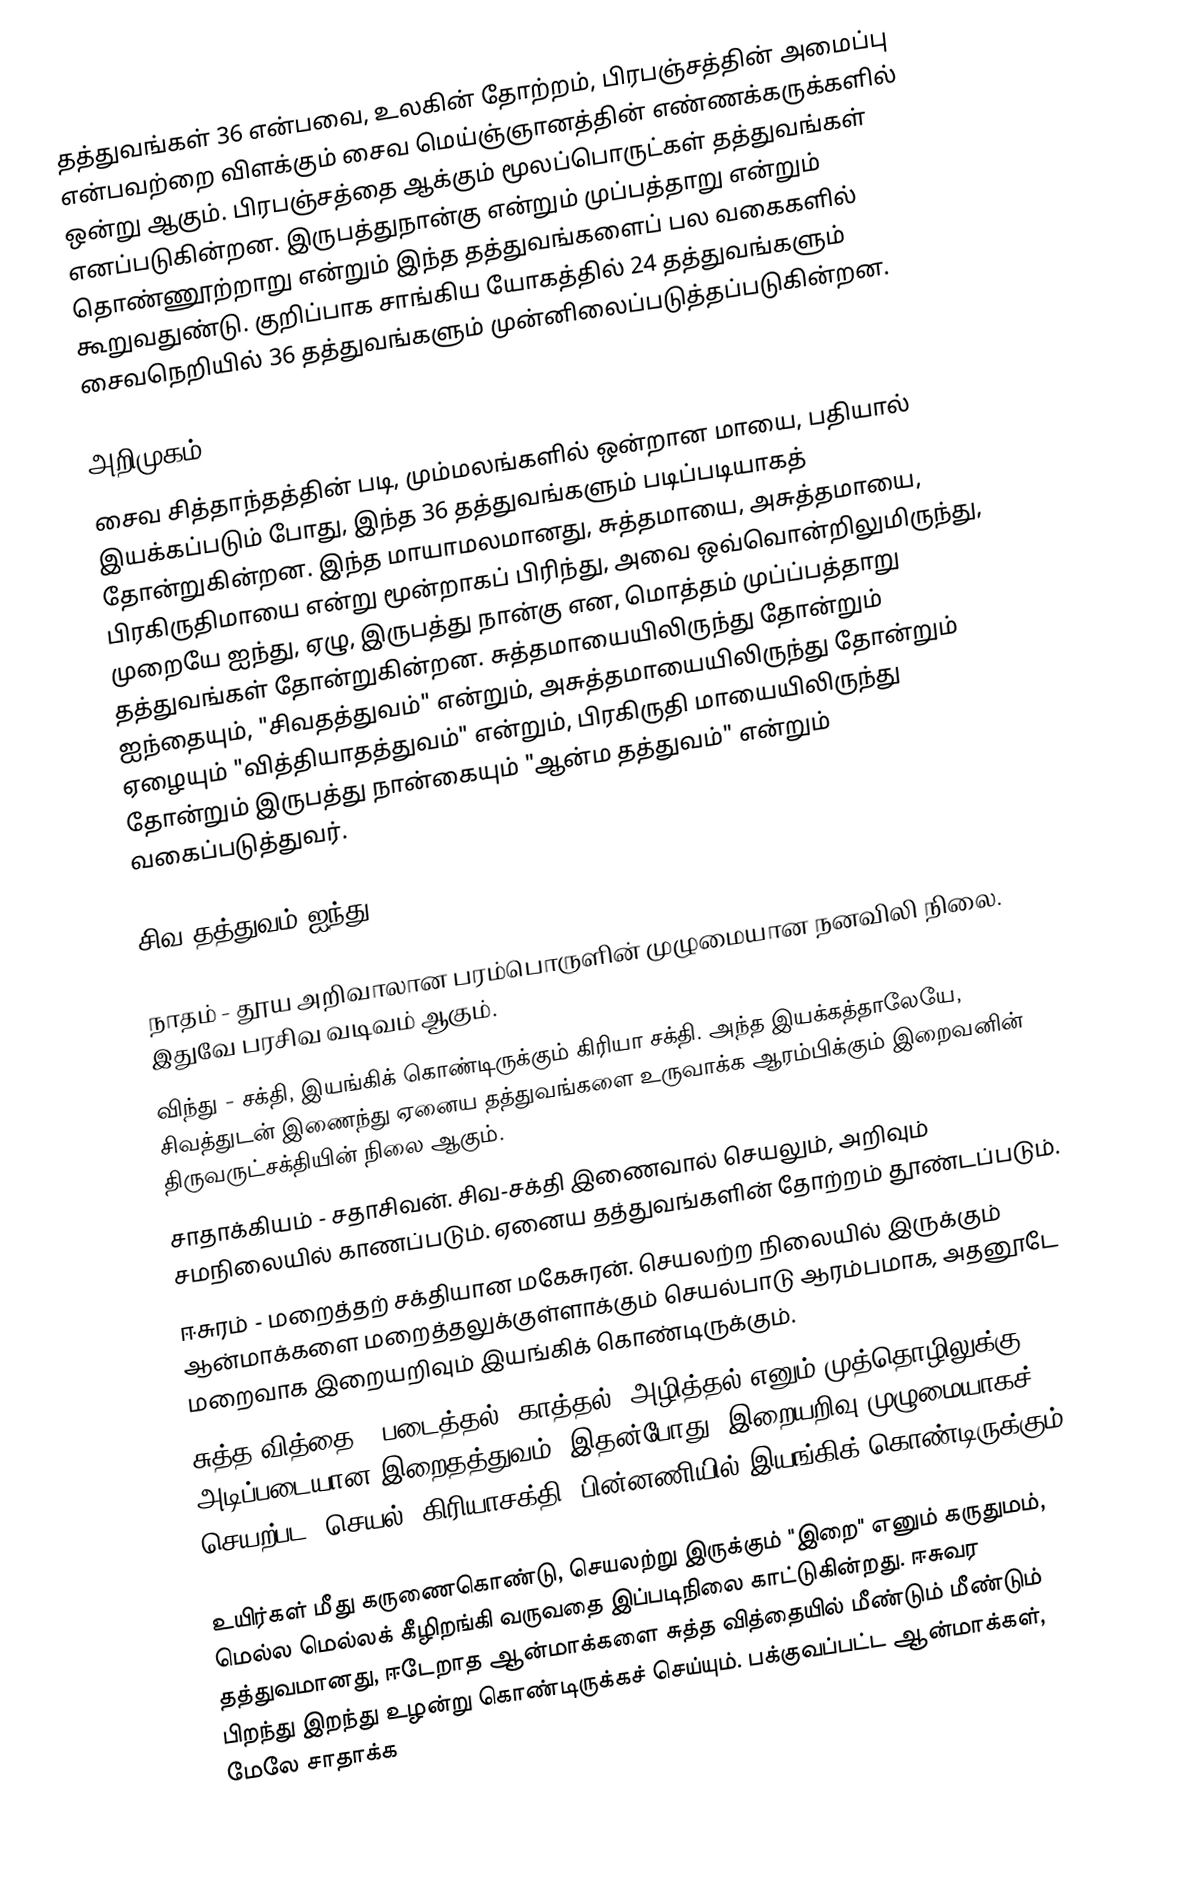
தத்துவங்கள் 36 என்பவை, உலகின் தோற்றம், பிரபஞ்சத்தின் அமைப்பு என்பவற்றை விளக்கும் சைவ மெய்ஞ்ஞானத்தின் எண்ணக்கருக்களில் ஒன்று ஆகும். பிரபஞ்சத்தை ஆக்கும் மூலப்பொருட்கள் தத்துவங்கள் எனப்படுகின்றன. இருபத்துநான்கு என்றும் முப்பத்தாறு என்றும் தொண்ணூற்றாறு என்றும் இந்த தத்துவங்களைப் பல வகைகளில் கூறுவதுண்டு. குறிப்பாக சாங்கிய யோகத்தில் 24 தத்துவங்களும் சைவநெறியில் 36 தத்துவங்களும் முன்னிலைப்படுத்தப்படுகின்றன.

அறிமுகம்
சைவ சித்தாந்தத்தின் படி, மும்மலங்களில் ஒன்றான மாயை, பதியால் இயக்கப்படும் போது, இந்த 36 தத்துவங்களும் படிப்படியாகத் தோன்றுகின்றன. இந்த மாயாமலமானது, சுத்தமாயை, அசுத்தமாயை, பிரகிருதிமாயை என்று மூன்றாகப் பிரிந்து, அவை ஒவ்வொன்றிலுமிருந்து, முறையே ஐந்து, ஏழு, இருபத்து நான்கு என, மொத்தம் முப்ப்பத்தாறு தத்துவங்கள் தோன்றுகின்றன. சுத்தமாயையிலிருந்து தோன்றும் ஐந்தையும், "சிவதத்துவம்" என்றும், அசுத்தமாயையிலிருந்து தோன்றும் ஏழையும் "வித்தியாதத்துவம்" என்றும், பிரகிருதி மாயையிலிருந்து தோன்றும் இருபத்து நான்கையும் "ஆன்ம தத்துவம்" என்றும் வகைப்படுத்துவர்.

சிவ தத்துவம் ஐந்து

 நாதம் - தூய அறிவாலான பரம்பொருளின் முழுமையான நனவிலி நிலை. இதுவே பரசிவ வடிவம் ஆகும்.
 விந்து - சக்தி, இயங்கிக் கொண்டிருக்கும் கிரியா சக்தி. அந்த இயக்கத்தாலேயே, சிவத்துடன் இணைந்து ஏனைய தத்துவங்களை உருவாக்க ஆரம்பிக்கும் இறைவனின் திருவருட்சக்தியின் நிலை ஆகும்.
 சாதாக்கியம் - சதாசிவன். சிவ-சக்தி இணைவால் செயலும், அறிவும் சமநிலையில் காணப்படும். ஏனைய தத்துவங்களின் தோற்றம் தூண்டப்படும்.
 ஈசுரம் - மறைத்தற் சக்தியான மகேசுரன். செயலற்ற நிலையில் இருக்கும் ஆன்மாக்களை மறைத்தலுக்குள்ளாக்கும் செயல்பாடு ஆரம்பமாக, அதனூடே மறைவாக இறையறிவும் இயங்கிக் கொண்டிருக்கும்.
 சுத்த வித்தை - படைத்தல், காத்தல், அழித்தல் எனும் முத்தொழிலுக்கு அடிப்படையான இறைதத்துவம். இதன்போது, இறையறிவு முழுமையாகச் செயற்பட, செயல் (கிரியாசக்தி) பின்னணியில் இயங்கிக் கொண்டிருக்கும்.

உயிர்கள் மீது கருணைகொண்டு, செயலற்று இருக்கும் "இறை" எனும் கருதுமம், மெல்ல மெல்லக் கீழிறங்கி வருவதை இப்படிநிலை காட்டுகின்றது. ஈசுவர தத்துவமானது, ஈடேறாத ஆன்மாக்களை சுத்த வித்தையில் மீண்டும் மீண்டும் பிறந்து இறந்து உழன்று கொண்டிருக்கச் செய்யும். பக்குவப்பட்ட ஆன்மாக்கள், மேலே சாதாக்க